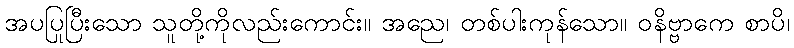
အပပြုပြီးသော သူတို့ကိုလည်းကောင်း။ အညေ၊ တစ်ပါးကုန်သော။ ဝနိဗ္ဗာကေ စာပိ၊